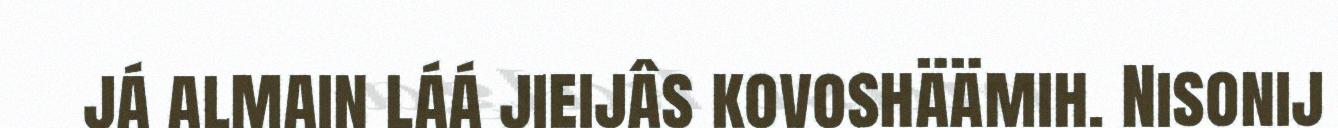
já almain láá jieijâs kovoshäämih. Nisonij